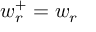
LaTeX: w _ { r } ^ { + } = w _ { r }